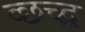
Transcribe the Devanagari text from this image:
व्छच्द्ध